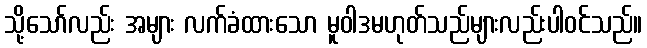
သို့သော်လည်း အများ လက်ခံထားသော မူဝါဒမဟုတ်သည်များလည်းပါဝင်သည်။